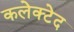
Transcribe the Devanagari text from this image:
कलेक्टेद